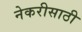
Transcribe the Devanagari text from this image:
नेकरीसाठी